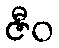
ဇီဝ